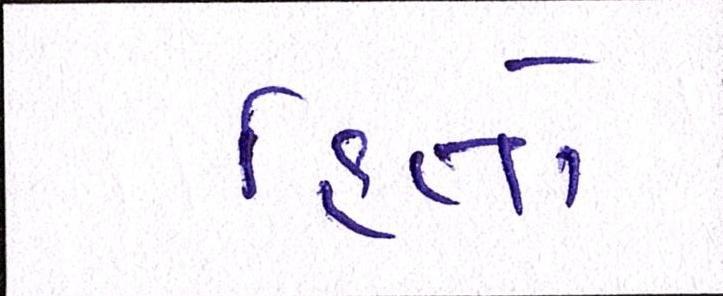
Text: હિતો